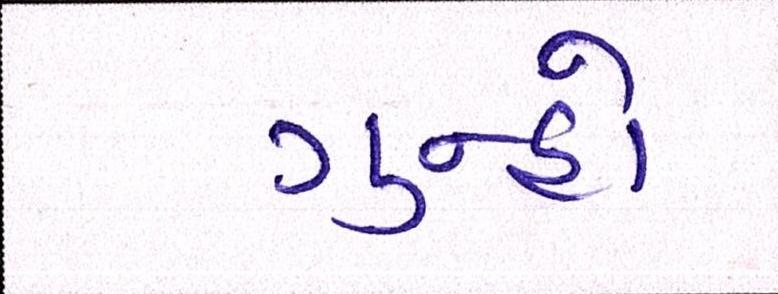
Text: ગુન્હો